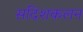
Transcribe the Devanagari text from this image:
सदिशकलन